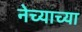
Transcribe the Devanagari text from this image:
नेच्याच्या